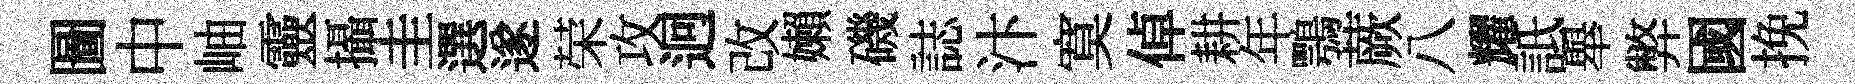
圖中岫靈攝圭選遂荣攻迥改嬾磯誌汴寞倬耕年鶚蕨八耀詆舉弊國挽